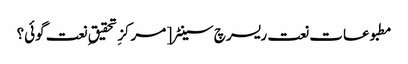
مطبوعات نعت ریسرچ سینٹر [ مرکزِ تحقیق ِ نعت گوئی؟